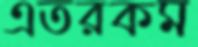
এতরকম